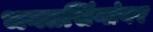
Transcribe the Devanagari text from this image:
भगतसिंगांवर